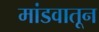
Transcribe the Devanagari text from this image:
मांडवातून